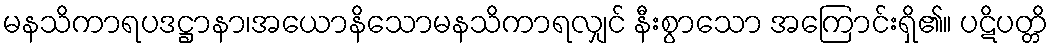
မနသိကာရပဒဋ္ဌာနာ၊အယောနိသောမနသိကာရလျှင် နီးစွာသော အကြောင်းရှိ၏။ ပဋိပတ္တိ